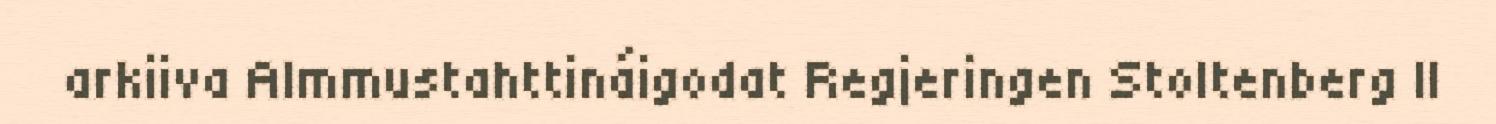
arkiiva Almmustahttináigodat Regjeringen Stoltenberg II